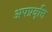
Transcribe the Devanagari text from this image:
अपप्रवृत्ति